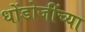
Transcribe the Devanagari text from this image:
धोंडोजींच्या